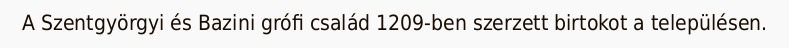
A Szentgyörgyi és Bazini grófi család 1209-ben szerzett birtokot a településen.